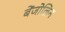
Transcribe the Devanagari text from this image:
बेंजोलिन